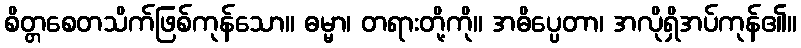
စိတ္တစေတသိက်ဖြစ်ကုန်သော။ ဓမ္မာ၊ တရားတို့ကို။ အဓိပ္ပေတာ၊ အလိုရှိအပ်ကုန်၏။